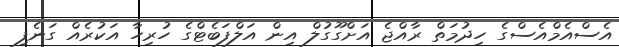
އެސްއެމްއެސްގެ ހިދުމަތް ރާއްޖެ އަށްގޫގުލް އިން އަލްފަބެޓްގެ ހުރިހާ އަކުރެއް ގަނެފި